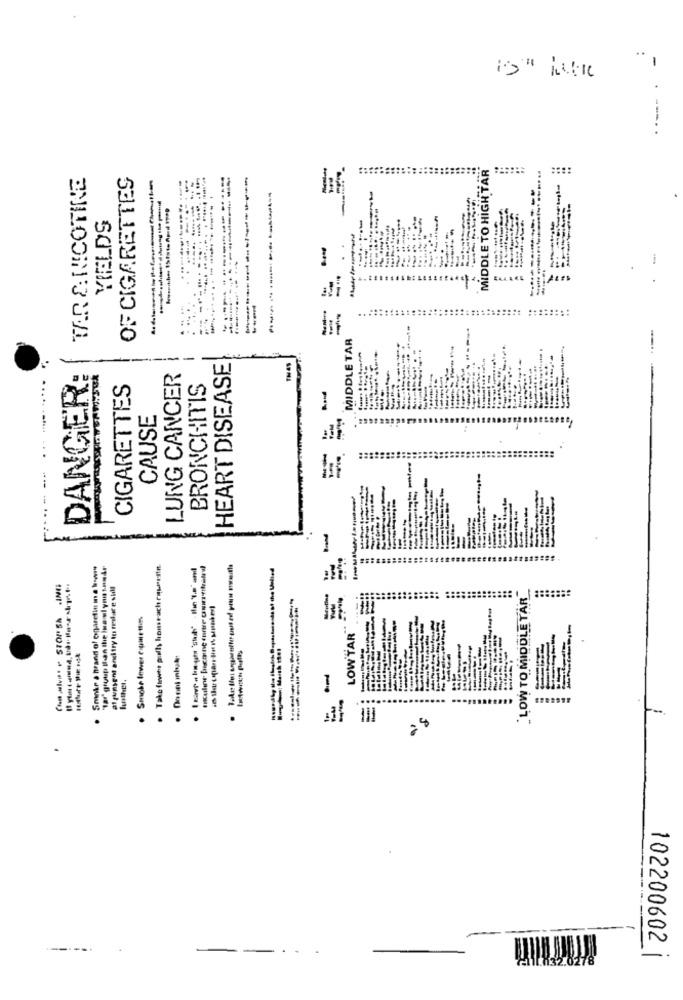
-
......
MIDDLE TO HIGH TAR
TR &. NICOTINE
OF CIGARETTES
--------------
YIELDS
----
--
MIDDLE TAR
---
HEART DISEASE
THAS
.........
LUNG CANCER
DANGER
CIGARETTES
BRONCHITIS
= = -
CAUSE
Smoke a brand of exparetin ma kiwis
"Tar group Blon the inaslyn tonår
. Take finne polly homseach rquesin.
al pensent and try to milare still
. LOW TO MIDDLE TAR
Smoke Inwer courtles
LOW TAR
..
-
.
.
.
.
--
102200602 |